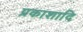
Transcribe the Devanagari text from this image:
प्रकाशादि